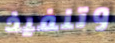
وتنفيذ